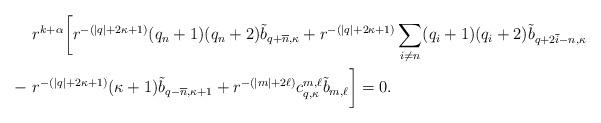
LaTeX: \begin{align*}&\ r^{k+\alpha}\bigg[r^{- (|q| + 2\kappa + 1)}(q_n +1) (q_n +2) \tilde b_{q+ \overline{n}, \kappa} + r^{- (|q| + 2\kappa + 1)}\sum_{i \neq n} (q_i + 1) (q_i + 2) \tilde b_{q+ 2 \overline{i} - n,\kappa} \\ - &\ r^{- (|q| + 2\kappa + 1)}(\kappa+1) \tilde b_{q- \overline{n}, \kappa+1} + r^{-(|m|+ 2\ell)} c^{m,\ell} _{q,\kappa} \tilde b_{m,\ell}\bigg] = 0.\end{align*}